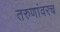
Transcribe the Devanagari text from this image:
तरुणांवरच